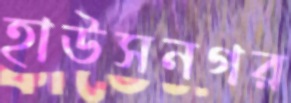
হাউসনগর